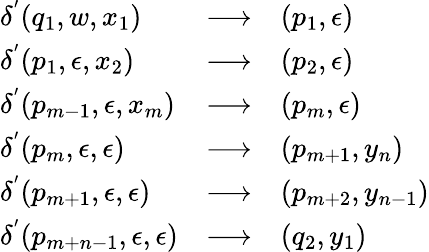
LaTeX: \begin{array}{lcl}{\delta^{'}(q_{1},w,x_{1})}&{\longrightarrow}&{(p_{1},\epsilon)}\\ {\delta^{'}(p_{1},\epsilon,x_{2})}&{\longrightarrow}&{(p_{2},\epsilon)}\\ {\delta^{'}(p_{m-1},\epsilon,x_{m})}&{\longrightarrow}&{(p_{m},\epsilon)}\\ {\delta^{'}(p_{m},\epsilon,\epsilon)}&{\longrightarrow}&{(p_{m+1},y_{n})}\\ {\delta^{'}(p_{m+1},\epsilon,\epsilon)}&{\longrightarrow}&{(p_{m+2},y_{n-1})}\\ {\delta^{'}(p_{m+n-1},\epsilon,\epsilon)}&{\longrightarrow}&{(q_{2},y_{1})}\end{array}